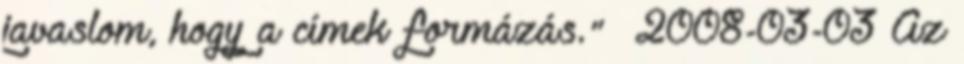
javaslom, hogy a címek formázás." 2008-03-03 Az